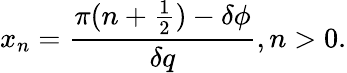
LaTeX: x_{n}=\frac{\pi(n+\frac{1}{2})-\delta\phi}{\delta q},n>0.